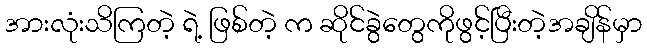
အားလုံးသိကြတဲ့ ရဲ့ ဖြစ်တဲ့ က ဆိုင်ခွဲတွေကိုဖွင့်ပြီးတဲ့အချိန်မှာ